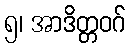
၅၊ အာဒိတ္တဝဂ်